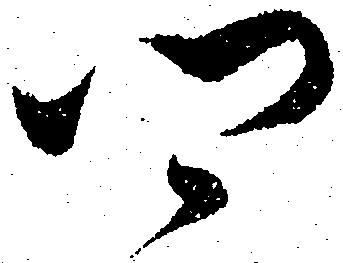
郷